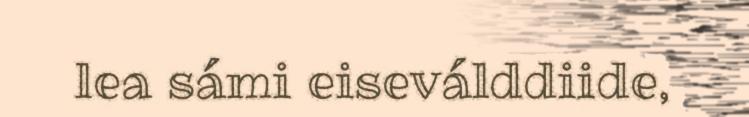
lea sámi eiseválddiide,